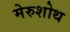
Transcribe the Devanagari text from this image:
मेरुशोथ